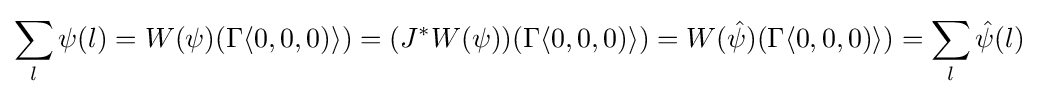
\sum _{l}\psi (l)=W(\psi )(\Gamma \langle 0,0,0)\rangle )=(J^{*}W(\psi ))(\Gamma \langle 0,0,0)\rangle )=W({\hat {\psi }})(\Gamma \langle 0,0,0)\rangle )=\sum _{l}{\hat {\psi }}(l)